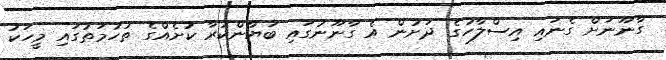
ގާނޫނަށް ގެނައި އިސްލާހުގެ ދަށުން އެ ގާނޫނުގައި ބަޔާންކުރާ ކުށެއްގެ ތުހުމަތުގައި މީހަކު